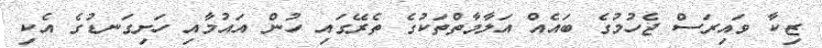
ޒިކާ ވައިރަސް ޖެހުމުގެ ބައެއް އަލާމާތްތަކުގެ ތެރޭގައި ހުން އައުމާއި ހަށިގަނޑުގެ އެކި